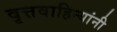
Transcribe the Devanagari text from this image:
वृत्तवाहिन्यांनी